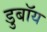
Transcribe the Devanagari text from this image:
डुबॉय